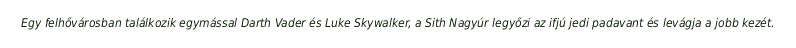
Egy felhővárosban találkozik egymással Darth Vader és Luke Skywalker, a Sith Nagyúr legyőzi az ifjú jedi padavant és levágja a jobb kezét.